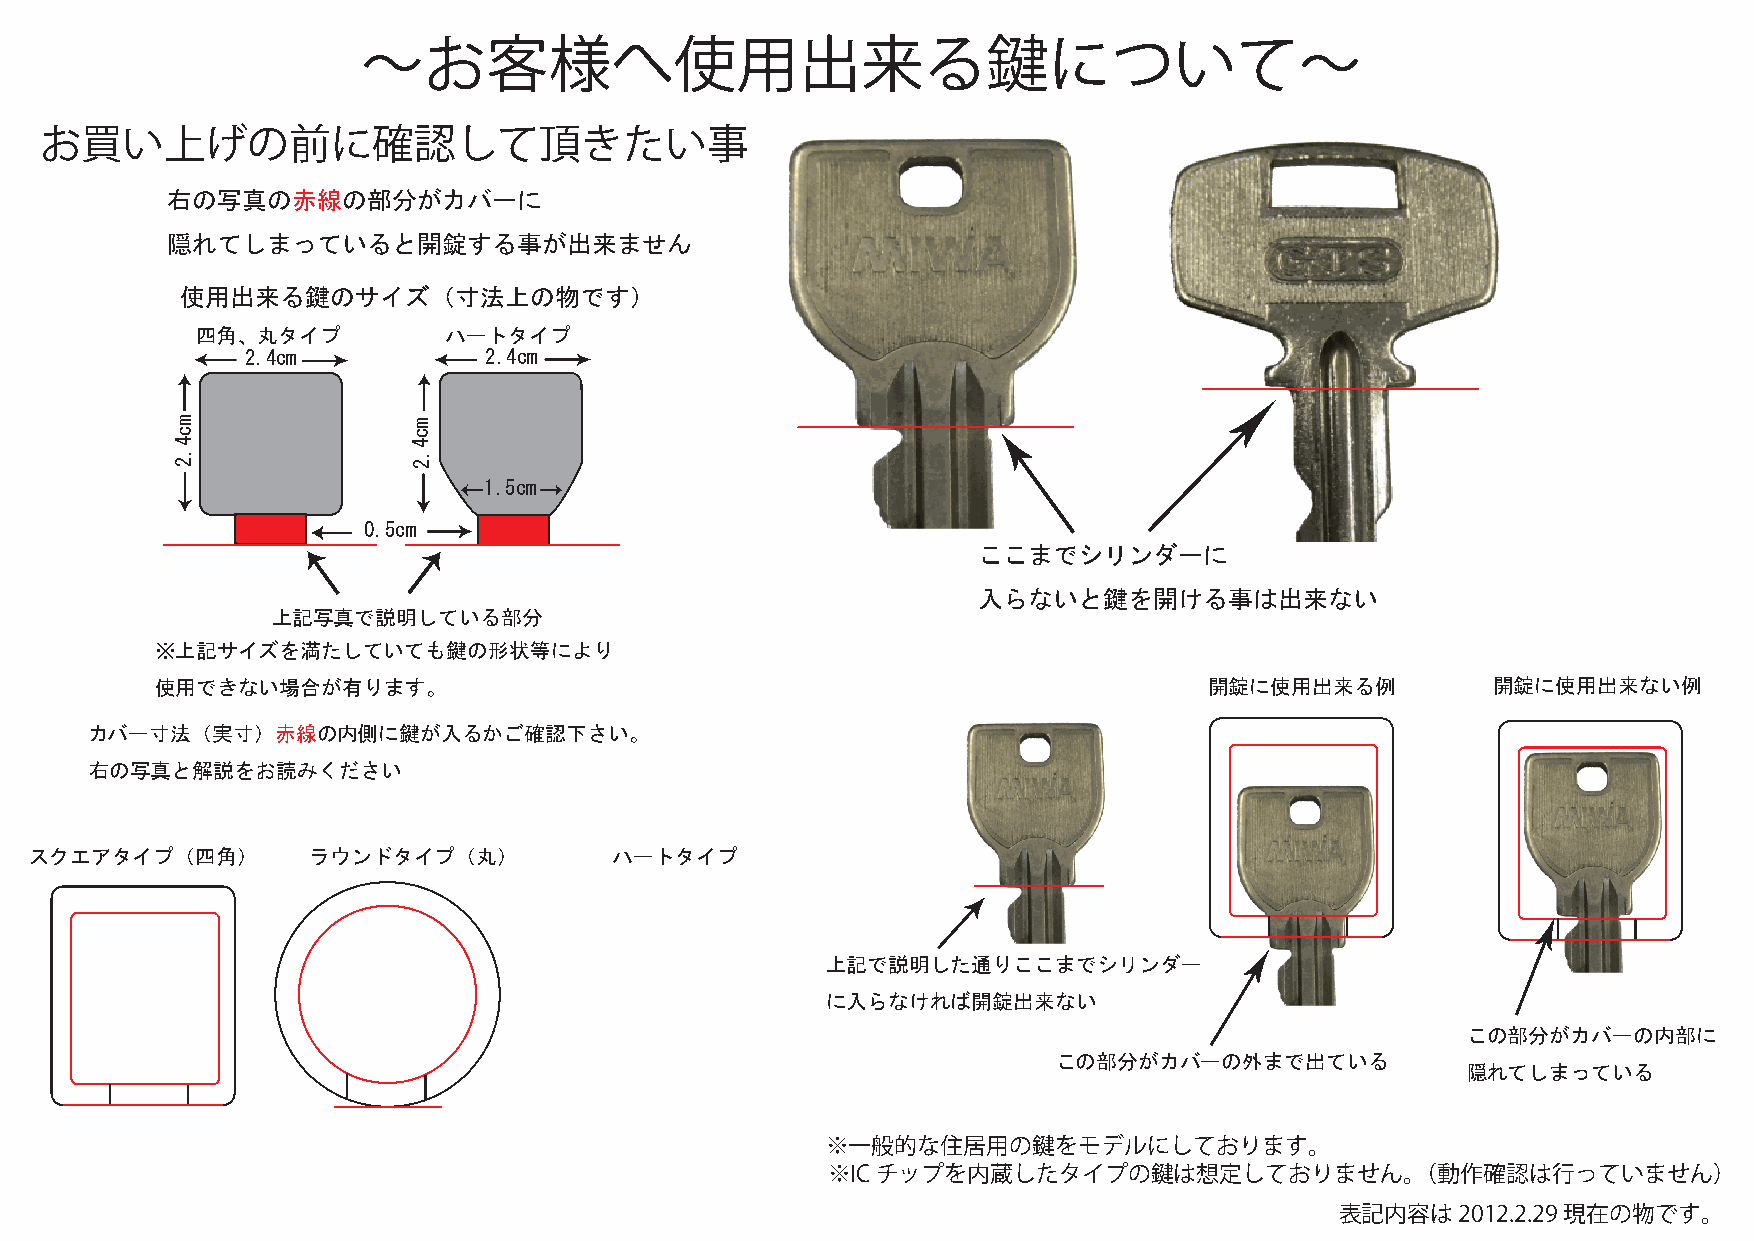
〜お客様へ使用出来る鍵について〜
 お買い上げの前に確認して頂きたい事
 右の写真の赤線の部分がカバーに
 隠れてしまっていると開錠する事が出来ません
 使用出来る鍵のサイズ（寸法上の物です）
 四角、丸タイプ          ハートタイプ
 2.4cm           2.4cm
 m               m
 c               c
 4               4
 .               .
 2               2
 1.5cm
 0.5cm
 ここまでシリンダーに
 入らないと鍵を開ける事は出来ない
 上記写真で説明している部分
 ※上記サイズを満たしていても鍵の形状等により
 使用できない場合が有ります。                                                        開錠に使用出来る例          開錠に使用出来ない例
 カバー寸法（実寸）赤線の内側に鍵が入るかご確認下さい。
 右の写真と解説をお読みください
 スクエアタイプ（四角）        ラウンドタイプ（丸）          ハートタイプ
 上記で説明した通りここまでシリンダー
 に入らなければ開錠出来ない
 この部分がカバーの内部に
 この部分がカバーの外まで出ている
 隠れてしまっている
 ※一般的な住居用の鍵をモデルにしております。
 ※ICチップを内蔵したタイプの鍵は想定しておりません。（動作確認は行っていません）
 表記内容は2012.2.29現在の物です。